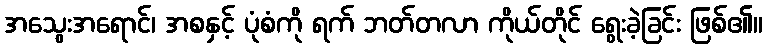
အသွေးအရောင်၊ အစနှင့် ပုံစံကို ရက် ဘတ်တလာ ကိုယ်တိုင် ရွေးခဲ့ခြင်း ဖြစ်၏။